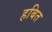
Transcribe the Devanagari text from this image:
हबित